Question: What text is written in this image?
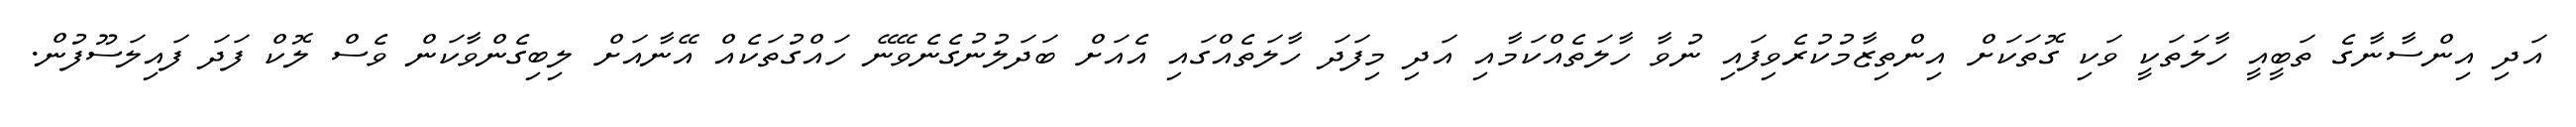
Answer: އަދި އިންސާނާގެ ތަބީއީ ހާލަތަކީ ވަކި ގޮތަކަށް އިންތިޒާމުކުރެވިފައި ނުވާ ހާލަތެއްކަމާއި އަދި މިފަދަ ހާލަތެއްގައި އެއަށް ބަދަލުނުގެނެވޭނޭ ހައްގުތަކެއް އޭނާއަށް ލިބިގެންވާކަން ވެސް ލޮކް ފަދަ ފައިލަސޫފުން.